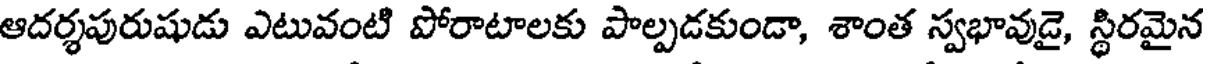
ఆదర్శపురుషుడు ఎటువంటి పోరాటాలకు పాల్పడకుండా, శాంత స్వభావుడై, స్థిరమైన